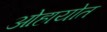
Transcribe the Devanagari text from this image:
ओहायोत